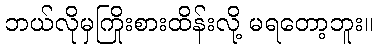
ဘယ်လိုမှကြိုးစားထိန်းလို့ မရတော့ဘူး။